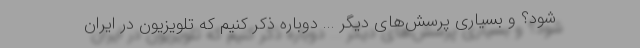
شود؟ و بسیاری پرسش‌های دیگر ... دوباره ذکر کنیم که تلویزیون در ایران